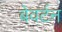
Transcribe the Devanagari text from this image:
बेवर्टन